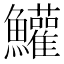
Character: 鱹